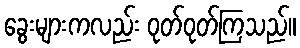
ခွေးများကလည်း ဝုတ်ဝုတ်ကြသည်။